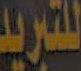
للتبريد